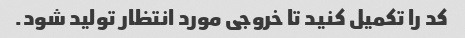
کد را تکمیل کنید تا خروجی مورد انتظار تولید شود.